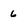
Character: 6